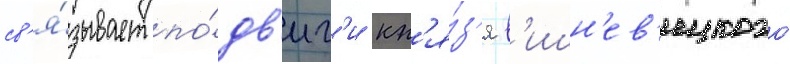
св'я́зывает по́дв'иг'и кн'я́з'я в'ишн'ев'ецкого